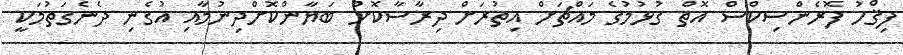
ފިޤްހު ފޮރެންސިކްސް އޮތް ގުޅުމުގެ މައްޗަށް އިތުރަށް ދިރާސާކޮށް ބަޔާންކޮށްދިނުމާއި އުގެނި ދެނެގަތުމަކީ